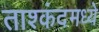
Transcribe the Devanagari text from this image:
ताश्कंदमध्ये